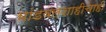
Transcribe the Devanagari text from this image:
भांडवलशाहीचाही